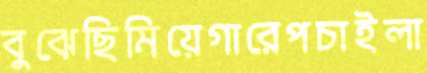
বুঝেছিমিয়েগারেপচাইলা